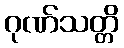
ဂုဏ်သတ္တိ